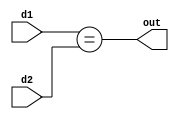
module cmp_n(out, d1, d2);
    parameter
        width = 1;

    output  out;
    input  [width-1:0]  d1, d2;

    generate
    if (width == 1)
        begin
            assign out = (d1 == d2);
        end
    else
        begin
            wire w1, w2;

            cmp_n #(width/2) l(w1, d1[width-1:width/2], d2[width-1:width/2]);
            cmp_n #(width/2) r(w2, d1[(width/2-1):0], d2[(width/2-1):0]);

            and a0(out, w1, w2);
        end
    endgenerate
endmodule

module cmp128(out, d1, d2);
    output  out;
    input  [127:0]  d1, d2;
    cmp_n #(128) c0(out, d1, d2);
endmodule